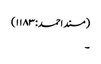
(مسند احمد:۱۱۸۳)
۔